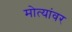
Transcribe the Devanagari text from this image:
मोत्यांवर